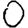
Digit: 0